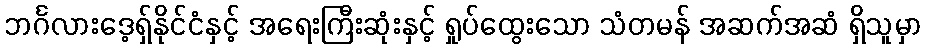
ဘင်္ဂလားဒေ့ရှ်နိုင်ငံနှင့် အရေးကြီးဆုံးနှင့် ရှုပ်ထွေးသော သံတမန် အဆက်အဆံ ရှိသူမှာ